Rangoon Lunatic Asylum 1893-1897 - 1893-1897
Year: 1893
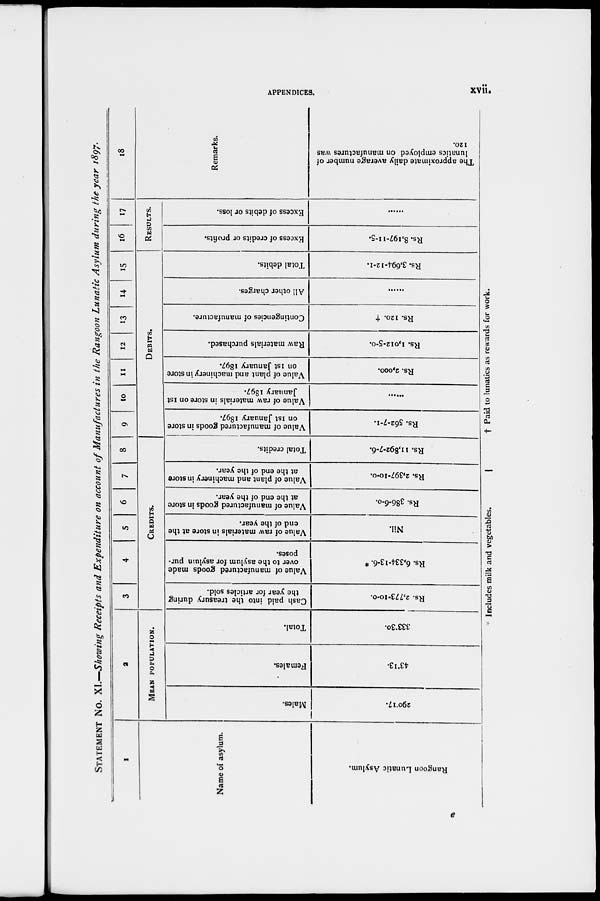
APPENDICES.
xvii.
STATEMENT No. XI.—Showing Receipts and Expenditure on account of Manufactures in the Rangoon Lunatic Asylum during the year 1897.
1
Name of asylum.
Rangoon Lunatic Asylum.
2
MEAN POPULATION.
Males.
290.17.
Females.
43.13.
Total.
333.30.
3
4
5
6
7
8
CREDITS.
Cash paid into the treasury during
the year for articles sold.
Rs. 2,773-10-0.
Value of manufactured goods made
over to the asylum for asylum pur-
poses.
Rs. 6,334-13-6. *
Value of raw materials in store at the
end of the year.
Nil.
Value of manufactured goods in store
at the end of the year.
Rs. 386-6-0.
Value of plant and machinery in store
at the end of the year.
Rs. 2,397-10-0.
Total credits.
Rs. 11,892-7-6.
9
10
11
12
13
14
15
DEBITS.
Value of manufactured goods in store
on 1st January 1897.
Rs. 562-7-1.
Value of raw materials in store on 1st
January 1897.
......
Value of plant and machinery in store
on 1st January 1897.
Rs. 2,000.
Raw materials purchased.
Rs. 1,012-5-0.
Contingencies of manufacture.
Rs. 120. †
All other charges.
......
Total debits.
Rs. 3,694-12-1.
16
17
RESULTS.
Excess of credits or profits.
Rs. 8,197-11-5.
Excess of debits or loss.
......
18
Remarks.
The approximate daily average number of
lunatics employed on manufactures was
120.
* Includes milk and vegetables.
† Paid to lunatics as rewards for work.
e